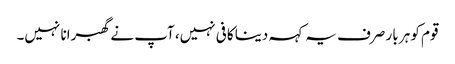
قوم کو ہر بار صرف یہ کہہ دینا کافی نہیں، آپ نے گھبرانا نہیں۔